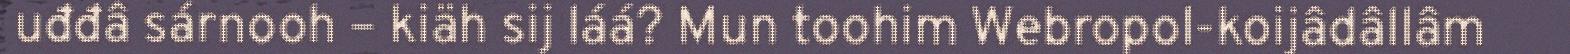
uđđâ sárnooh – kiäh sij láá? Mun toohim Webropol-koijâdâllâm